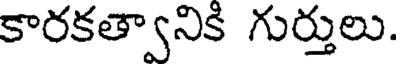
కారకత్వానికి గుర్తులు.